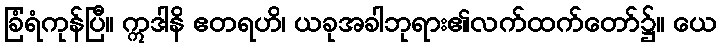
ခြံရံကုန်ပြီ။ ဣဒါနိ ဧတရဟိ၊ ယခုအခါဘုရား၏လက်ထက်တော်၌။ ယေ